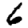
Digit: 6